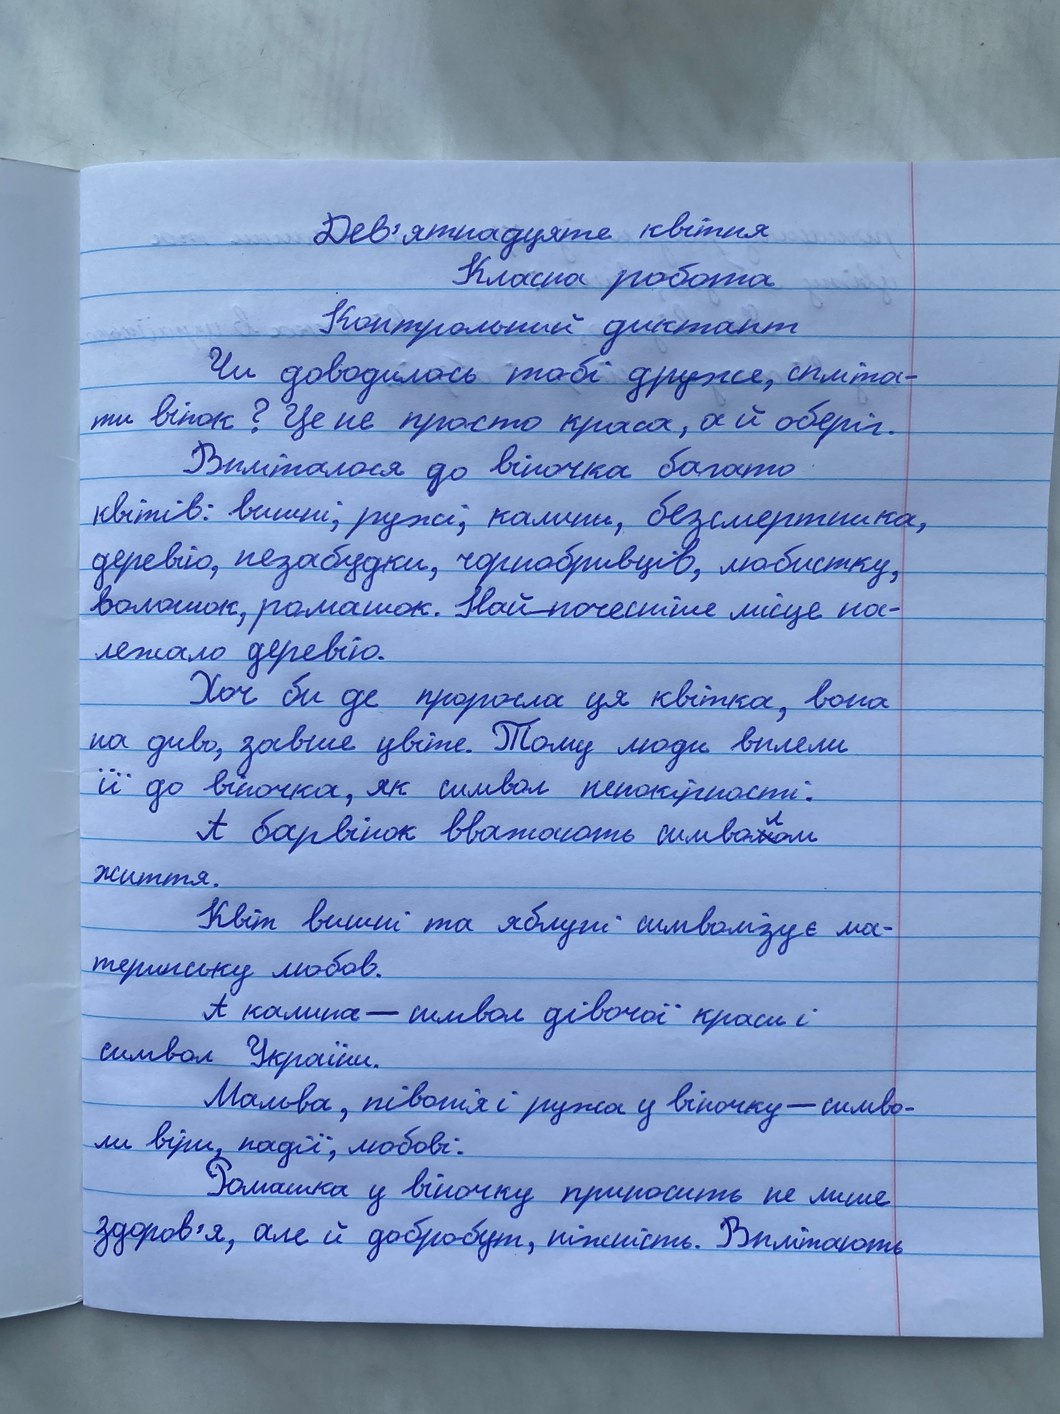
Дев'ятнадцяте квітня
Класна робота
Контрольний диктант
Чи доводилось тобі друже, спліта-
ти вінок? Це не просто краса, а й оберіг.
Впліталося до віночка багато
квітів: вишні, ружі, калини, безсмертника,
деревію, незабудки, чорнобривців, любистку,
волошок, ромашок. Найпочесніше місце на-
лежало деревію.
Хоч би де проросла ця квітка, вона
на диво, завше цвіте. Тому люди вплели
її до віночка, як символ непокірності.
А барвінок вважають симво~~м~~{л}ом
життя.
Квіт вишні та яблуні символізує ма-
теринську любов.
А калина - символ дівочої краси і
символ України.
Мальва, півонія і ружа у віночку - симво-
ли віри, надії, любові.
Ромашка у віночку приносить не лише
здоров'я, але й добробут, ніжність. Вилітають